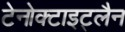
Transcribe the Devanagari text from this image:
टेनोक्टाइट्लैन